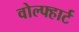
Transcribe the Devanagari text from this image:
वोल्फ्हार्ट